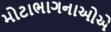
મોટાભાગનાઓએ